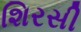
શિરસી